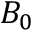
B _ { 0 }